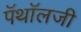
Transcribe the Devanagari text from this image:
पॅथॉलजी